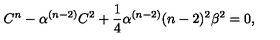
C ^ { n } - \alpha ^ { ( n - 2 ) } C ^ { 2 } + \frac { 1 } { 4 } \alpha ^ { ( n - 2 ) } ( n - 2 ) ^ { 2 } \beta ^ { 2 } = 0 ,